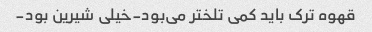
قهوه ترک باید کمی تلختر می‌بود-خیلی شیرین بود-